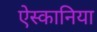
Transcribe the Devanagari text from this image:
ऐस्कानिया